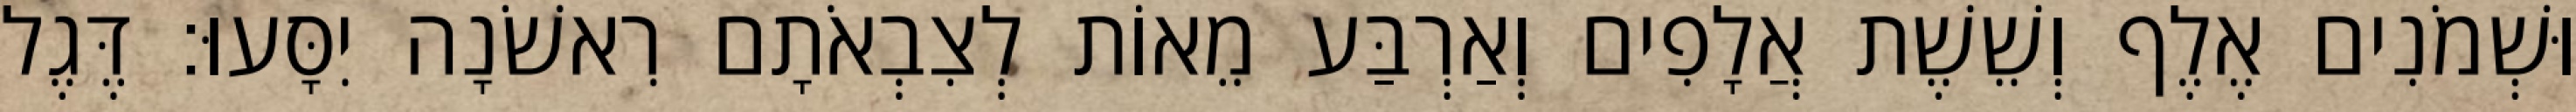
וּשְׁמֹנִים אֶלֶף וְשֵׁשֶׁת אֲלָפִים וְאַרְבַּע מֵאוֹת לְצִבְאֹתָם רִאשֹׁנָה יִסָּעוּ׃ דֶּגֶל